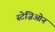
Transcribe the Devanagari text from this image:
स्टेज़िओन